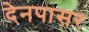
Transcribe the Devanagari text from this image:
देनपासर